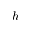
h